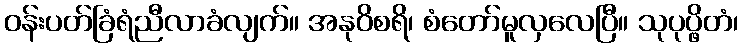
ဝန်းပတ်ခြံရံညီလာခံလျက်။ အနုဝိစရိ၊ စံတော်မူလှလေပြီ။ သုပုပ္ဖိတံ၊